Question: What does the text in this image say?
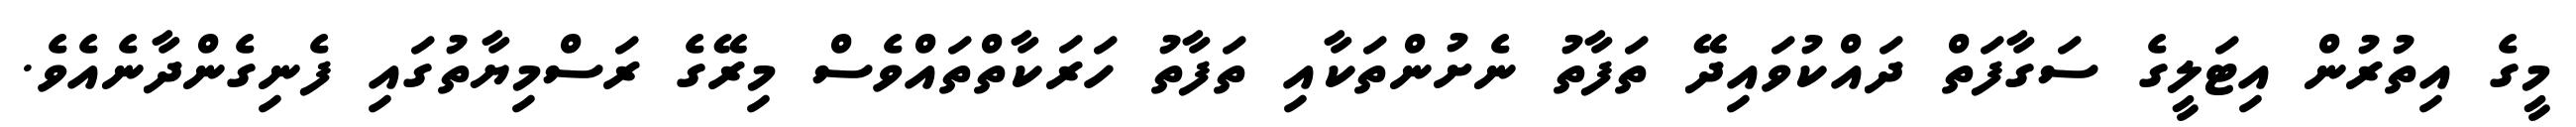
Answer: މީގެ އިތުރުން އިޓަލީގެ ސަގާފަތް ދައްކުވައިދޭ ތަފާތު ނެށުންތަކާއި ތަފާތު ހަރަކާތްތައްވެސް މިރޭގެ ރަސްމިޔާތުގައި ފެނިގެންދާނެއެވެ.